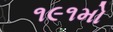
૧૯૧મો